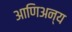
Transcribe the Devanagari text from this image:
आणिअन्य